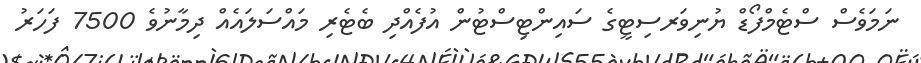
ނަމަވެސް ސްޓެމްފޯޑް ޔުނިވަރސިޓީގެ ސައިންޓިސްޓުން އުފެއްދި ބެޓެރި މައްސަލައެއް ދިމާނުވެ 7500 ފަހަރު